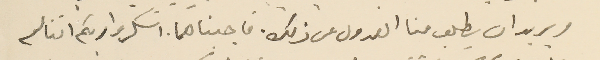
ويريد ان يطلب منا العدول عن ذلك. فاجبناهما. اشكروا ربكم اننا لم